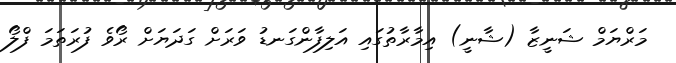
މަރްޔަމް ޝަނީޒާ (ޝާނީ) އިމާރާތުގައި އަލިފާންގަނޑު ވަރަށް ގަދަޔަށް ރޯވެ ފުރަތަމަ ފްލޯ